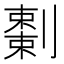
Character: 𠠅